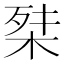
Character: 𭪕